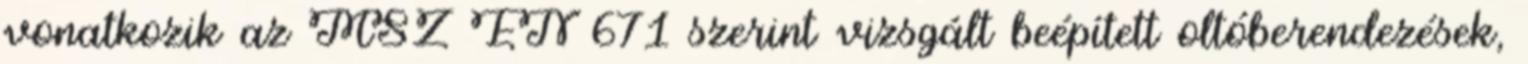
vonatkozik az MSZ EN 671 szerint vizsgált beépített oltóberendezések,